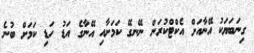
ގިނަބަޔަކު އޭނާއަށް އެކްޓްކުރަން ނޭނގޭ ކަމަށާއި އޭނާގެ އަޑު ހަޑި ކަމަށް ބުނެ